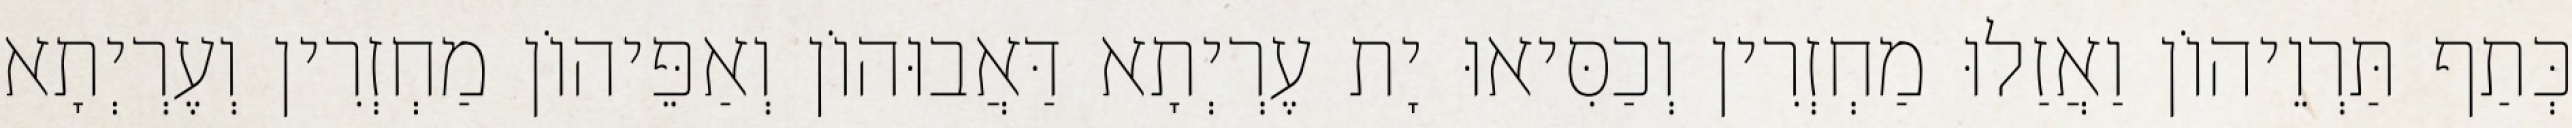
כְּתַף תַּרְוֵיהוֹן וַאֲזַלוּ מַחְזְרִין וְכַסִּיאוּ יָת עֶרְיְתָא דַּאֲבוּהוֹן וְאַפֵּיהוֹן מַחְזְרִין וְעֶרְיְתָא